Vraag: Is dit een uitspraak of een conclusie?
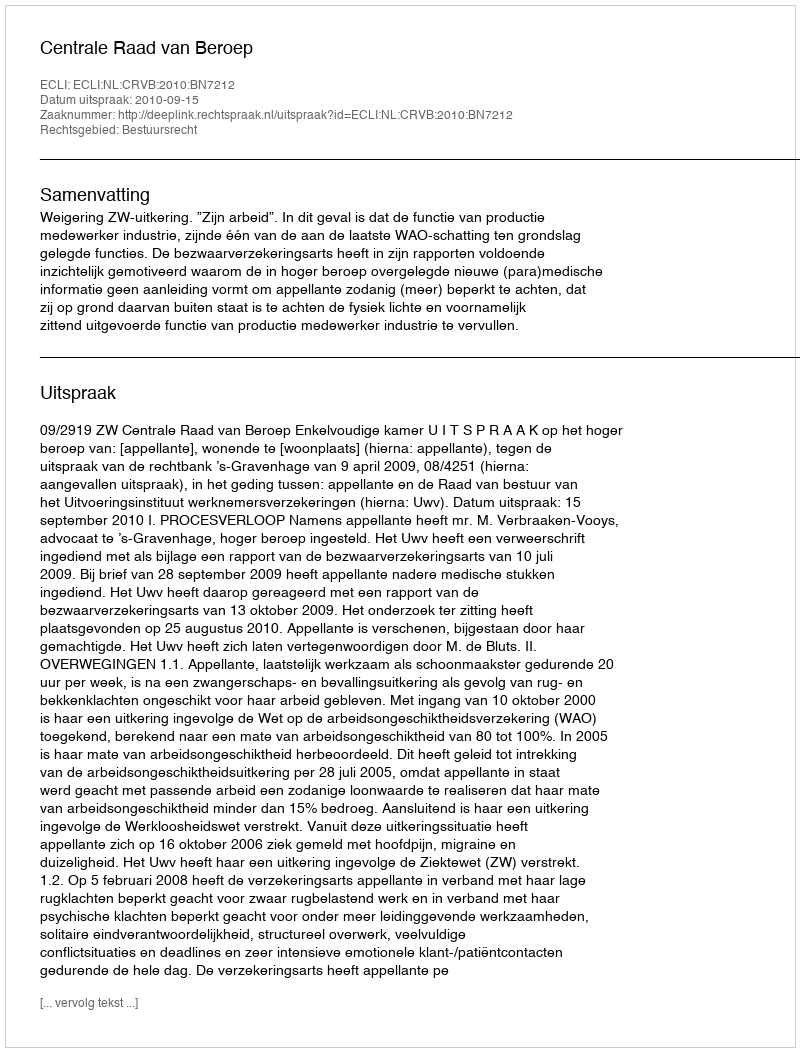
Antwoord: Uitspraak